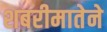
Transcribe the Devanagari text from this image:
शबरीमातेने